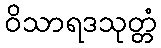
ဝိသာရဒသုတ္တံ